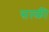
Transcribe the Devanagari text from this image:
सल्फ़ी